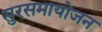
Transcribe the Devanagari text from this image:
सुरसमायोजन